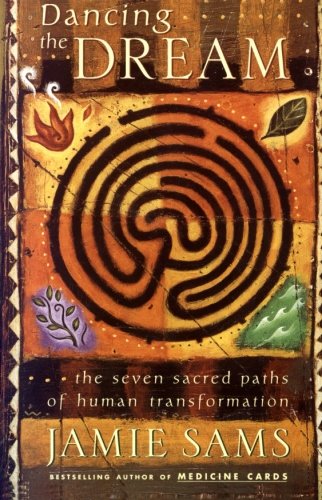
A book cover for Dancing the Dream: The Seven Sacred Paths Of Human Transformation (Religion and Spirituality); Jamie Sams; Religion & Spirituality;